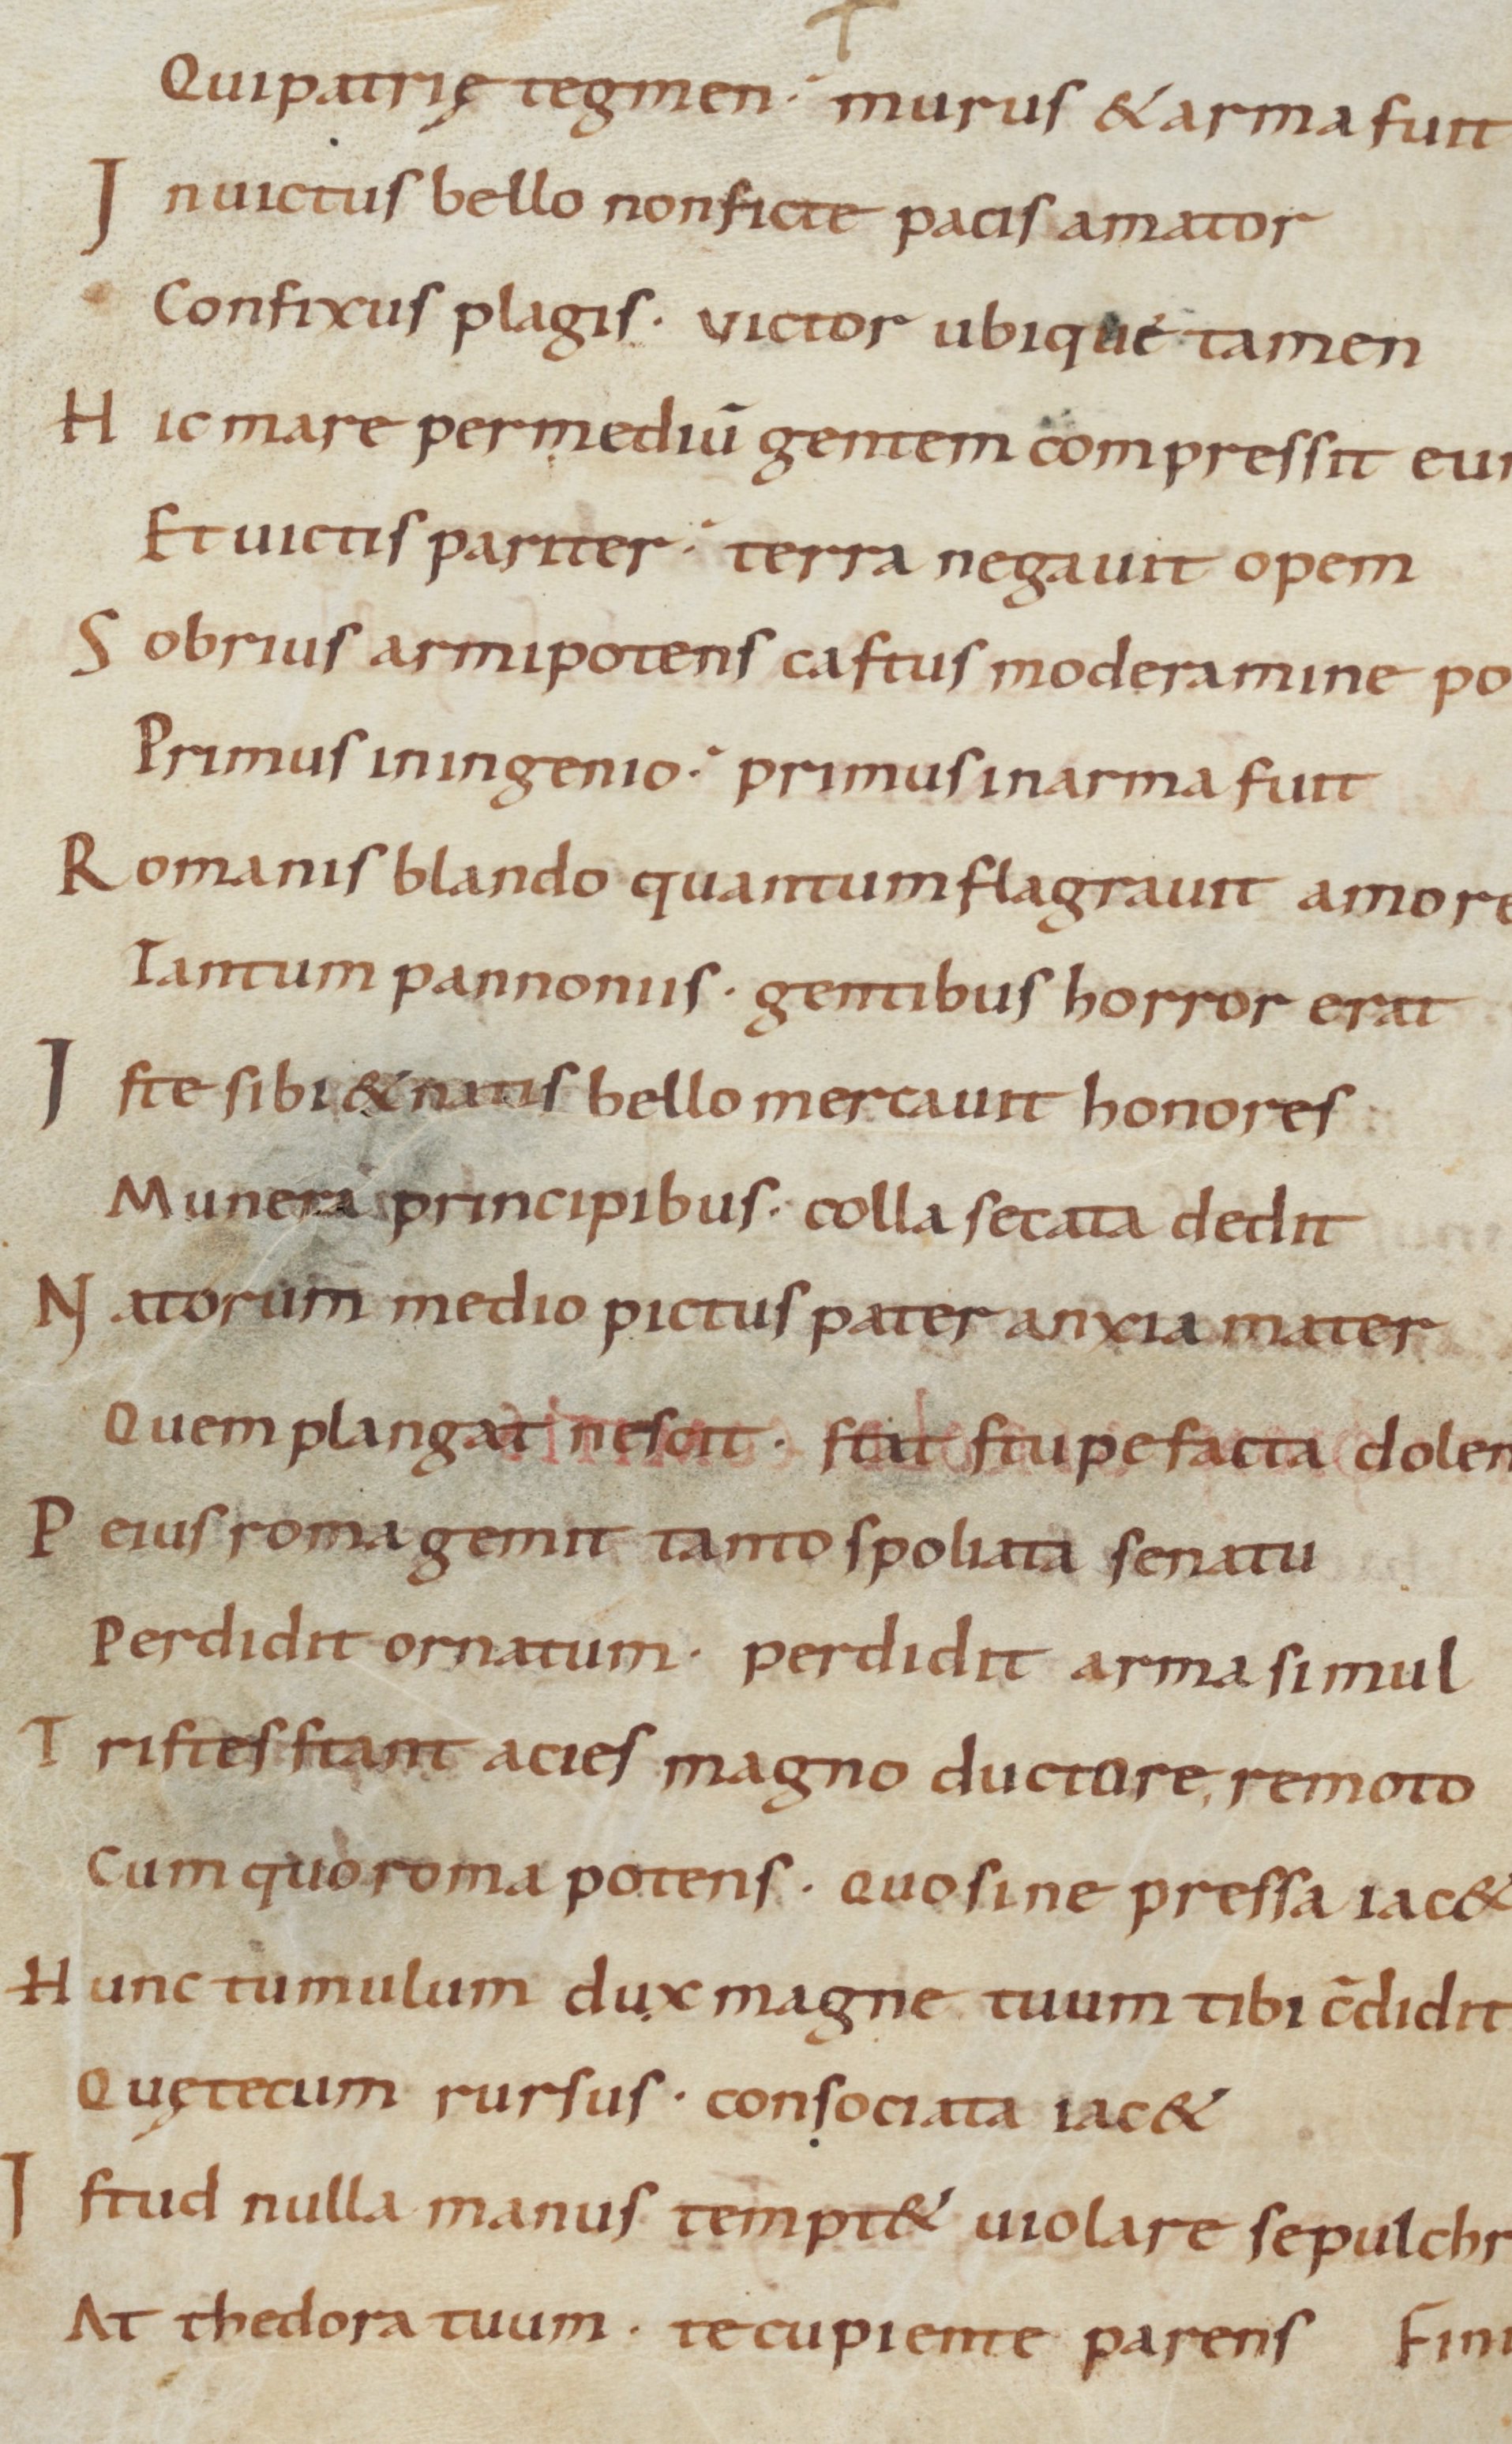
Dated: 900–999